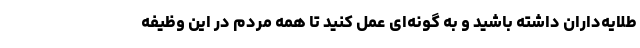
طلایه‌داران داشته باشید و به گونه‌ای عمل کنید تا همه مردم در این وظیفه